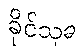
ခိုင်သုခ